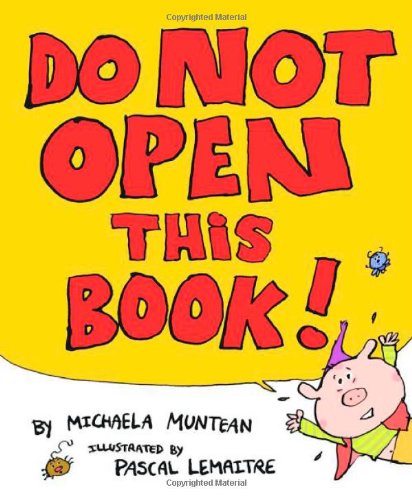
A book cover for Do Not Open This Book; Michaela Muntean; Children's Books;